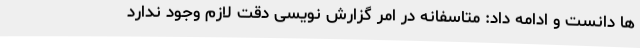
ها دانست و ادامه داد: متاسفانه در امر گزارش نویسی دقت لازم وجود ندارد